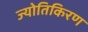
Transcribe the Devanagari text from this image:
ज्योतिकिरण